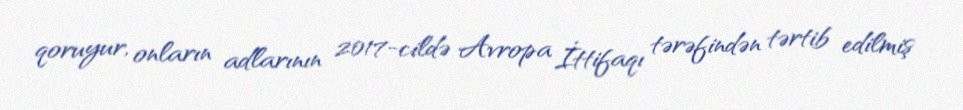
qoruyur, onların adlarının 2017-cildə Avropa İttifaqı tərəfindən tərtib edilmiş